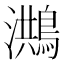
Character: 𪃡